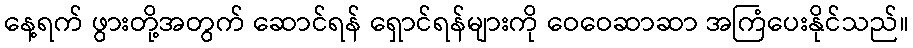
နေ့ရက် ဖွားတို့အတွက် ဆောင်ရန် ရှောင်ရန်များကို ဝေဝေဆာဆာ အကြံပေးနိုင်သည်။